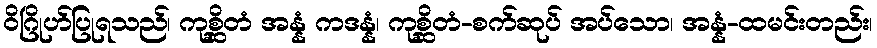
ဝိဂြိုဟ်ပြုရသည်၊ ကုစ္ဆိတံ အန္နံ ကဒန္နံ၊ ကုစ္ဆိတံ-စက်ဆုပ် အပ်သော၊ အန္နံ-ထမင်းတည်း၊